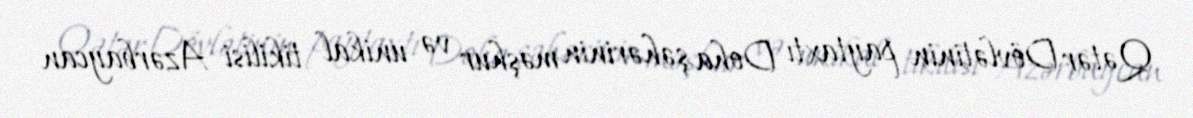
Qətər Dövlətinin paytaxtı Doha şəhərinin məşhur və unikal tikilisi Azərbaycan